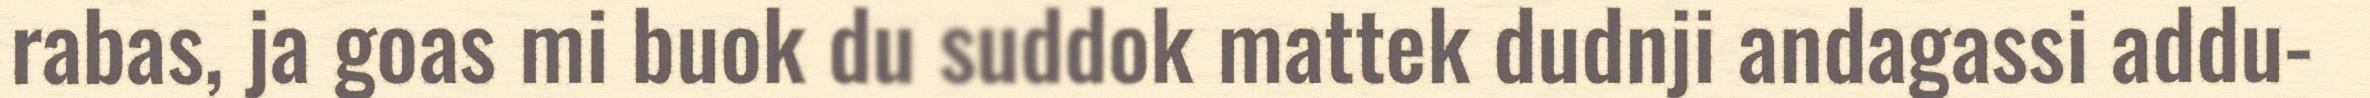
rabas, ja goas mi buok du suddok mattek dudnji andagassi addu-